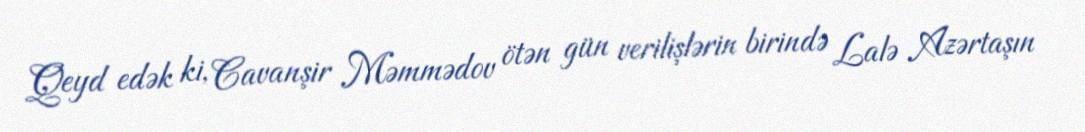
Qeyd edək ki, Cavanşir Məmmədov ötən gün verilişlərin birində Lalə Azərtaşın